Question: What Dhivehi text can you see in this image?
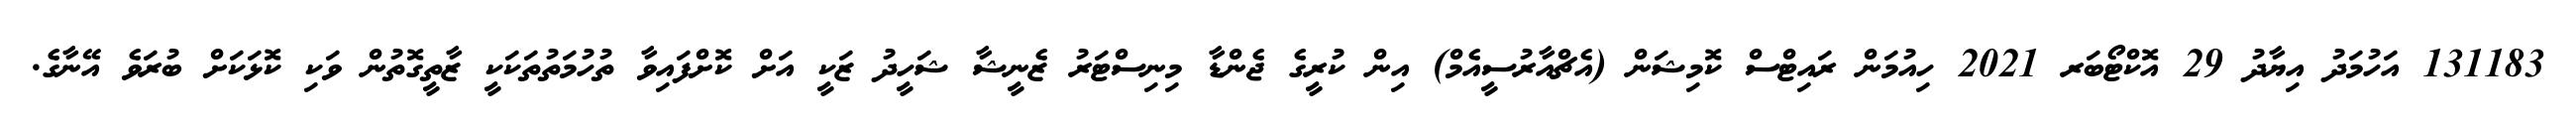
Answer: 131183 އަހުމަދު އިޔާދު 29 އޮކްޓޯބަރ 2021 ހިއުމަން ރައިޓްސް ކޮމިޝަން (އެޗްއާރުސީއެމް) އިން ކުރީގެ ޖެންޑާ މިނިސްޓަރު ޒެނީޝާ ޝަހީދު ޒަކީ އަށް ކޮށްފައިވާ ތުހުމަތުތަކަކީ ޒާތީގޮތުން ވަކި ކޮޅަކަށް ބުރަވެ އޭނާގެ.